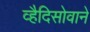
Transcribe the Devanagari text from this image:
व्हैदिसोवाने